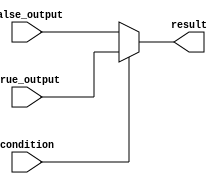
module conditional_operator (
    input wire condition,
    input wire [3:0] true_output,
    input wire [3:0] false_output,
    output reg [3:0] result
);

always @ (*) begin
    result = (condition) ? true_output : false_output;
end

endmodule